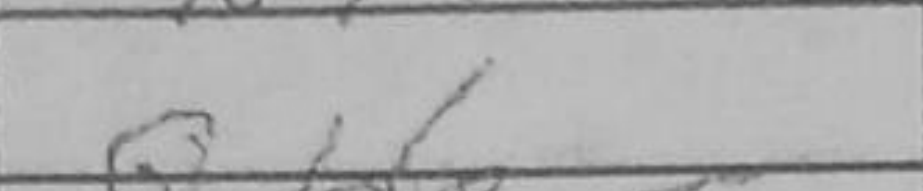
Transcription: Qb6